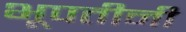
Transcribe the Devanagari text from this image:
भूपतीनी